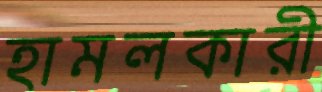
হামলকারী